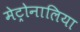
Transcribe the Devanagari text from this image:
मेट्रोनालिया